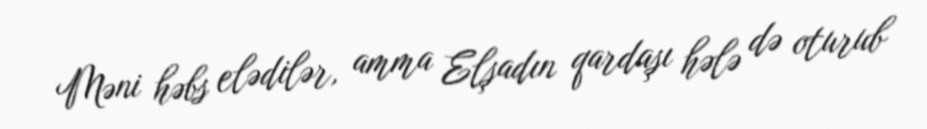
Məni həbs elədilər, amma Elşadın qardaşı hələ də oturub